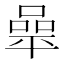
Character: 𰏬